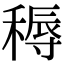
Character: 䅶